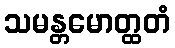
သမန္တမောတ္ထတံ